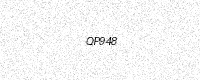
Text: QP948